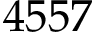
4 5 5 7